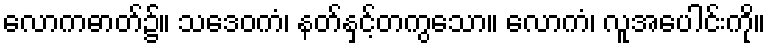
လောကဓာတ်၌။ သဒေဝကံ၊ နတ်နှင့်တကွသော။ လောကံ၊ လူအပေါင်းကို။